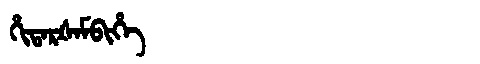
Manchu: ᡥᡳᡨᠠᡵᡧᠠᠮᠪᡳᡥᡝ
Romanization: HITARŠAMBIHE